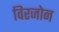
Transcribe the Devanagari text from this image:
विरजोन